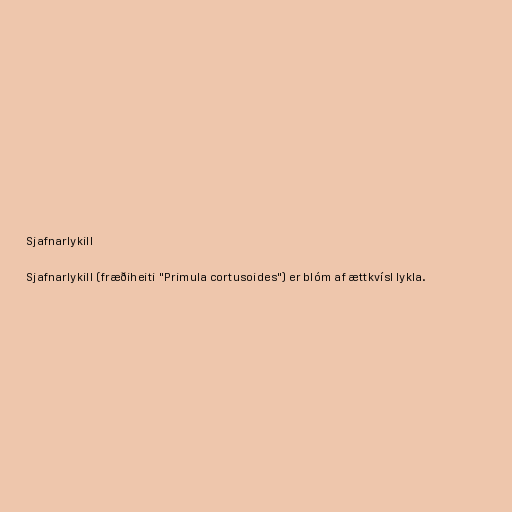
Sjafnarlykill

Sjafnarlykill (fræðiheiti "Primula cortusoides") er blóm af ættkvísl lykla.